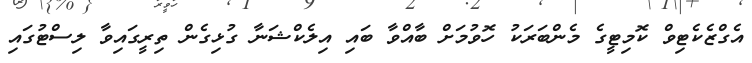
އެގްޒެކެޓިވް ކޮމިޓީގެ މެންބަރަކު ހޮވުމަށް ބާއްވާ ބައި އިލެކްޝަނާ ގުޅިގެން ތިރީގައިވާ ލިސްޓުގައި